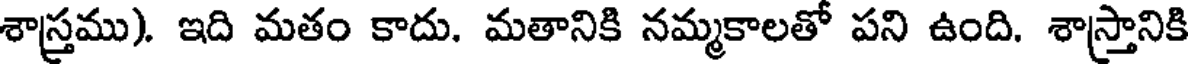
శాస్త్రము). ఇది మతం కాదు. మతానికి నమ్మకాలతో పని ఉంది. శాస్త్రానికి